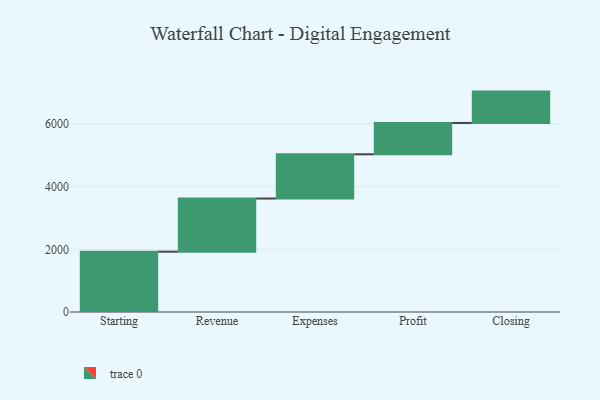
{"axis": {"x": "Step", "y": "Value"}, "legend": [""], "data": [{"x": "Starting", "y": 1924.0, "type": ""}, {"x": "Revenue", "y": 1695.0, "type": ""}, {"x": "Expenses", "y": 1411.0, "type": ""}, {"x": "Profit", "y": 1000, "type": ""}, {"x": "Closing", "y": 1000, "type": ""}]}